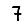
Digit: 7